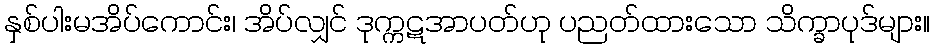
နှစ်ပါးမအိပ်ကောင်း၊ အိပ်လျှင် ဒုက္ကဋအာပတ်ဟု ပညတ်ထားသော သိက္ခာပုဒ်များ။